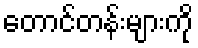
တောင်တန်းများကို